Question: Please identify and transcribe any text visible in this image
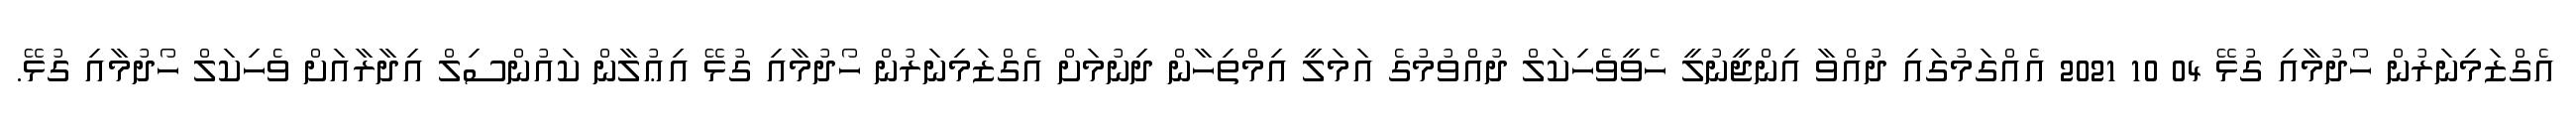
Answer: އެގްޒަމިނަރުން ހޯދުމާއި ގުޅޭ 04 10 2021 އެއްގަމުގައި ދުއްވާ އިންޖީނުލީ ހެވީވެހިކަލް ދުއްވުމުގެ އަމަލީ އިމްތިހާން ދިނުމަށް އެގްޒަމިނަރުން ހޯދުމާއި ގުޅޭ އިޢުލާން ކައުންސިލް އިދާރާއަށް ވެހިކަލް ހޯދުމާއި ގުޅޭ.